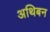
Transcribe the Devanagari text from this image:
अथिबन